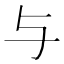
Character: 与